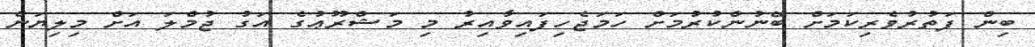
ބިން ފަތުރުވެރިކަމަށް ބޭނުންކުރުމަށް ހަމަޖެހިފައިވާއިރު މި މަޝްރޫޢުގެ އަގު ޖުމްލަ އަށް މިލިޔަން